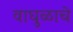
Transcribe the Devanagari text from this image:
वाघुळाचे